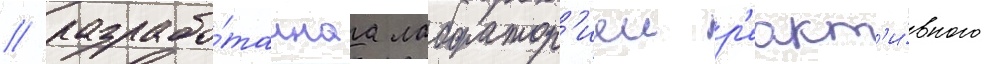
/ разрабо́таннаа лаборатор'иеи р'еакт'и́вного